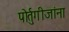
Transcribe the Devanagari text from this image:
पॊर्तुगीजांना